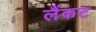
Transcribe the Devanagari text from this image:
लैंकट